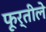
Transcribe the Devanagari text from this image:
फूर्तीले